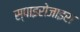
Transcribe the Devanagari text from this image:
स्पाइरोजाइरा